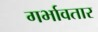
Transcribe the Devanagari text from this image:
गर्भावतार